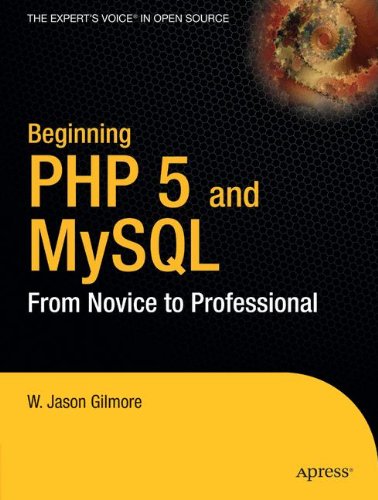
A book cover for Beginning PHP 5 and MySQL: From Novice to Professional; W Jason Gilmore; Computers & Technology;